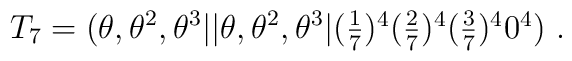
T_7=(\theta,\theta^2,\theta^3 \vert\vert \theta,\theta^2,\theta^3 \vert (\textstyle{1\over 7})^{4} (\textstyle{2\over 7})^4  (\textstyle{3\over 7})^4 0^4)~.